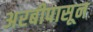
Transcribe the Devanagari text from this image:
अरबीपासून